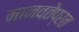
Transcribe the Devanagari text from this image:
मानवतेप्रत